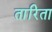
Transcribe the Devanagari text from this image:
तारिता